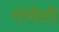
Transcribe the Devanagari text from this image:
रांचीशी